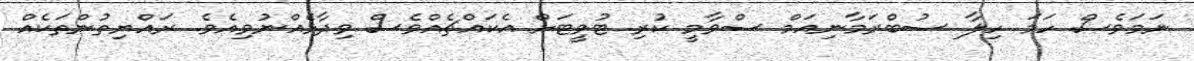
ނަމަވެސް ހަމަ ހިލާ ސުބްރަމާނިއަމް ސްވާމީ ކުރި ޓުވީޓަށް އެކައްޗެއްވެސް ވިދާޅެއްނުވިއެވެ. ރައްޔިތުންތަކެއް